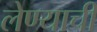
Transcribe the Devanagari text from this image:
लेण्याची